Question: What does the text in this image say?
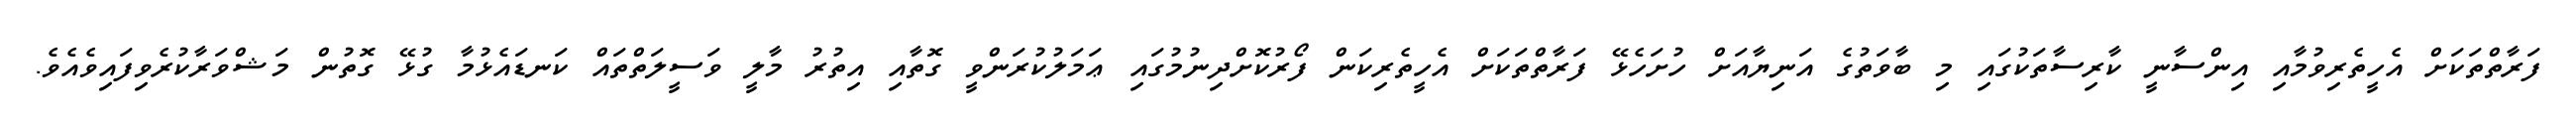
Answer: ފަރާތްތަކަށް އެހީތެރިވުމާއި އިންސާނީ ކާރިސާތަކުގައި މި ބާވަތުގެ އަނިޔާއަށް ހުށަހެޅޭ ފަރާތްތަކަށް އެހީތެރިކަން ފޯރުކޮށްދިނުމުގައި ޢަމަލުކުރަންވީ ގޮތާއި އިތުރު މާލީ ވަސީލަތްތައް ކަނޑައެޅުމާ ގުޅޭ ގޮތުން މަޝްވަރާކުރެވިފައިވެއެވެ.